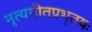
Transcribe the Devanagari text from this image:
नृत्यगीतप्रभृतयः